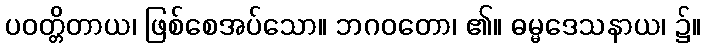
ပဝတ္တိတာယ၊ ဖြစ်စေအပ်သော။ ဘဂဝတော၊ ၏။ ဓမ္မဒေသနာယ၊ ၌။